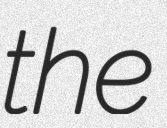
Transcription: the